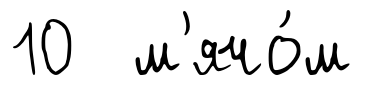
10 м'ячо́м